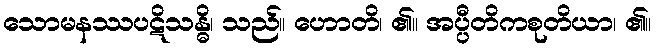
သောမနဿပဋိသန္ဓိ၊ သည်။ ဟောတိ၊ ၏။ အပ္ပီတိကစုတိယာ၊ ၏။